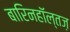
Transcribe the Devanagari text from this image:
बारिनहाॅल्तज़